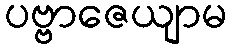
ပဗ္ဗာဇေယျာမ